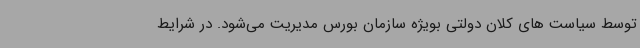
توسط سیاست های کلان دولتی بویژه سازمان بورس مدیریت می‌شود. در شرایط